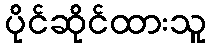
ပိုင်ဆိုင်ထားသူ